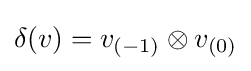
\delta (v)=v_{(-1)}\otimes v_{(0)}